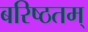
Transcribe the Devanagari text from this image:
बरिष्ठतम्